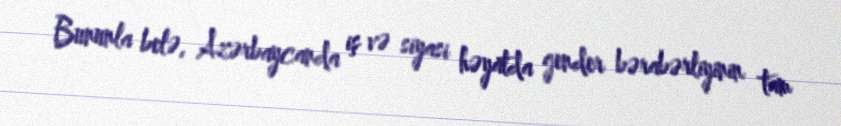
Bununla belə, Azərbaycanda iş və siyasi həyatda gender bərabərliyinin tam